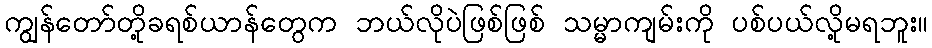
ကျွန်တော်တို့ခရစ်ယာန်တွေက ဘယ်လိုပဲဖြစ်ဖြစ် သမ္မာကျမ်းကို ပစ်ပယ်လို့မရဘူး။